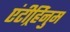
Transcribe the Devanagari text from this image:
एंटीर्र्हिनुम